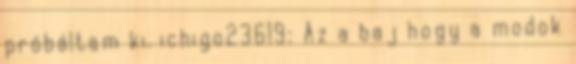
próbáltam ki. ichigo23619: Az a baj hogy a modok